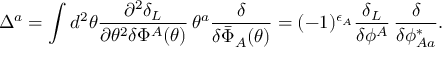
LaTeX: \Delta ^ { a } = \int d ^ { 2 } \theta \frac { \partial ^ { 2 } \delta _ { L } } { \partial \theta ^ { 2 } \delta \Phi ^ { A } ( \theta ) } \, \theta ^ { a } \frac { \delta } { \delta \bar { \Phi } _ { A } ( \theta ) } = ( - 1 ) ^ { \epsilon _ { A } } \frac { \delta _ { L } } { \delta \phi ^ { A } } \, \frac { \delta } { \delta \phi _ { A a } ^ { * } } .